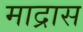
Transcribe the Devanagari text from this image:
माद्रास